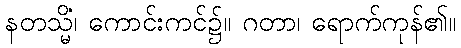
နတသ္မိံ၊ ကောင်းကင်၌။ ဂတာ၊ ရောက်ကုန်၏။